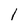
Character: l